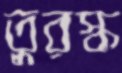
তুরস্ক